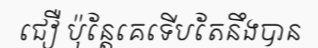
ជឿ ប៉ុន្តែគេទើបតែនឹងបាន